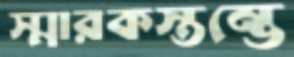
স্মারকস্তম্ভে